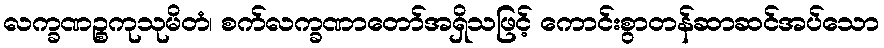
လက္ခဏဉ္စကုသုမိတံ၊ စက်လက္ခဏာတော်အရှိသဖြင့် ကောင်းစွာတန်ဆာဆင်အပ်သော